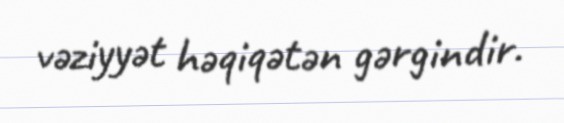
vəziyyət həqiqətən gərgindir.